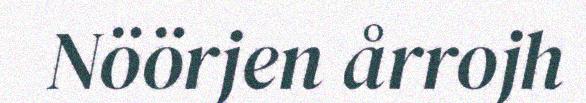
Nöörjen årrojh